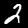
Label: 2